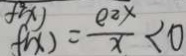
f ( x ) = \frac { e ^ { 2 } x } { x } < 0